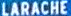
LARACHE